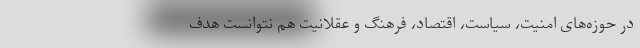
در حوزه‌های امنیت، سیاست، اقتصاد، فرهنگ و عقلانیت هم نتوانست هدف